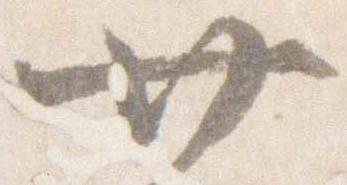
廿